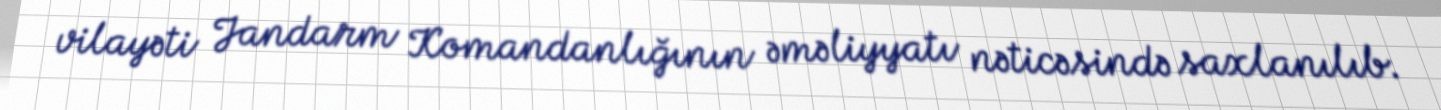
vilayəti Jandarm Komandanlığının əməliyyatı nəticəsində saxlanılıb.